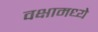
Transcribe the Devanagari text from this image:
वक्षामध्ये